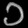
Digit: ၁